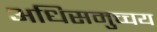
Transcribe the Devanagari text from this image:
अधिसमुच्चय